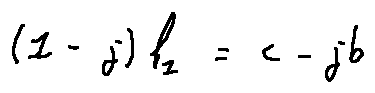
( 1 - j ) l _ { 1 } = c - j b